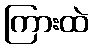
ကြားထဲ